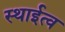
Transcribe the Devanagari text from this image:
स्थाईत्व